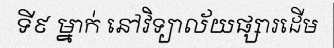
ទី៩ ម្នាក់ នៅវិទ្យាល័យផ្សារដើម